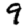
Digit: 9